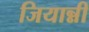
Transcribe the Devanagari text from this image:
जियान्नी